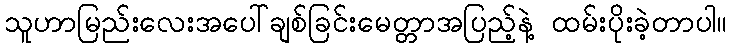
သူဟာမြည်းလေးအပေါ်ချစ်ခြင်းမေတ္တာအပြည့်နဲ့ ထမ်းပိုးခဲ့တာပါ။